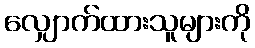
လျှောက်ထားသူများကို